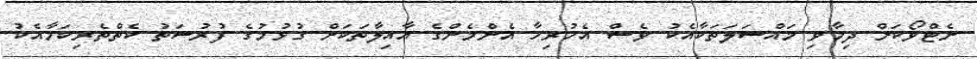
ނެޓްވޯކަށް ދިމާވި މައްސަލަތަކާއެކު ވެސް އެހުރިހާ އެންމެންގެ އާއިލާތަކަށް ގުޅުމުގެ ފުރުސަތު ކެތްތެރިކަމާއެކު